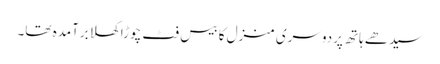
سیدھے ہاتھ پردوسری منزل کا بیس فٹ چوڑا کھلا برآمدہ تھا۔